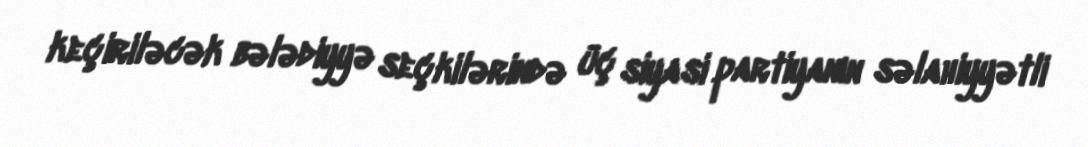
keçiriləcək bələdiyyə seçkilərində üç siyasi partiyanın səlahiyyətli